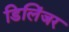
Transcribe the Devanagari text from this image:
डिलिंजर